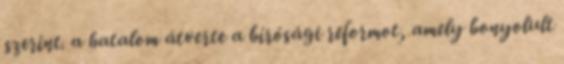
szerint. a hatalom átverte a bírósági reformot, amely bonyolult